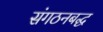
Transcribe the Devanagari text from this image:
संगठनबद्ध